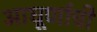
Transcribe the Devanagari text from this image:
आघूर्णाची